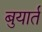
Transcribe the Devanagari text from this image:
बुयार्त